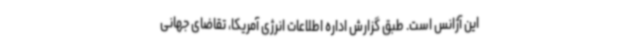
این آژانس است. طبق گزارش اداره اطلاعات انرژی آمریکا، تقاضای جهانی